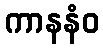
ကာနနံဝ